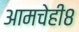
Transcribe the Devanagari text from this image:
आमचेही८